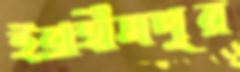
ইব্রাহীমপুর